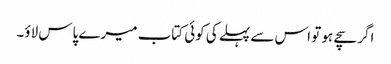
اگر سچے ہو تو اس سے پہلے کی کوئی کتاب میرے پاس لاؤ۔